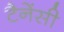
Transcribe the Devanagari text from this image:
टैनेंसी